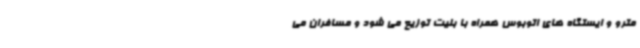
مترو و ایستگاه های اتوبوس همراه با بلیت توزیع می شود و مسافران می